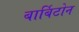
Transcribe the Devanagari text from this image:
बार्बिटोन